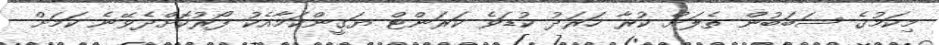
މިކަމުގެ ސަބަބުން ތެލަށް ކުރާ ހަރަދު ކުޑަވެ ކަރަންޓް ޔަގީންކަމާއެކު ފޯރުކޮށްދެވޭނެ ކަމަށް